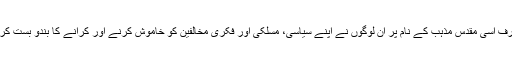
دوسری طرف اسی مقدس مذہب کے نام پر ان لوگوں نے اپنے سیاسی، مسلکی اور فکری مخالفین کو خاموش کرنے اور کرانے کا بندو بست کر رکھا ہے۔